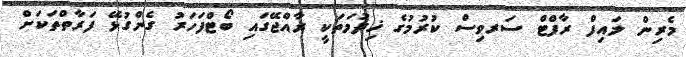
މެރިން ލައިފް ރާފްޓް ސަރވިސް ކުރުމުގެ ޚިދުމަތަކީ ރާއްޖޭގައި ބޯޓްފަހަރު ގެންގުޅޭ ފަރާތްތަކަށް